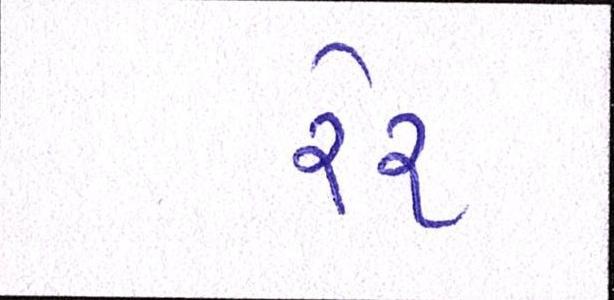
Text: રેર